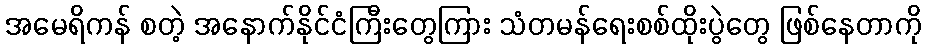
အမေရိကန် စတဲ့ အနောက်နိုင်ငံကြီးတွေကြား သံတမန်ရေးစစ်ထိုးပွဲတွေ ဖြစ်နေတာကို